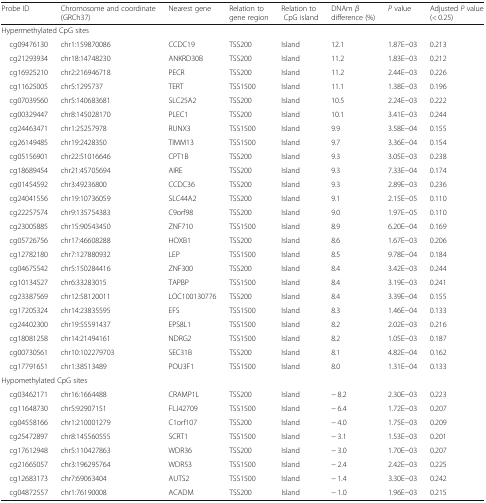
<table><thead><tr><td><b>Probe ID</b></td><td><b>Chromosome and coordinate (GRCh37)</b></td><td><b>Nearest gene</b></td><td><b>Relation to gene region</b></td><td><b>Relation to CpG island</b></td><td><b>DNAm <i>β</i> difference (%)</b></td><td><b><i>P</i> value</b></td><td><b>Adjusted <i>P</i> value (&lt; 0.25)</b></td></tr></thead><tbody><tr><td colspan="8">Hypermethylated CpG sites</td></tr><tr><td> cg09476130</td><td>chr1:159870086</td><td>CCDC19</td><td>TSS200</td><td>Island</td><td>12.1</td><td>1.87E−03</td><td>0.213</td></tr><tr><td> cg21293934</td><td>chr18:14748230</td><td>ANKRD30B</td><td>TSS200</td><td>Island</td><td>11.2</td><td>1.83E−03</td><td>0.212</td></tr><tr><td> cg16925210</td><td>chr2:216946718</td><td>PECR</td><td>TSS200</td><td>Island</td><td>11.2</td><td>2.44E−03</td><td>0.226</td></tr><tr><td> cg11625005</td><td>chr5:1295737</td><td>TERT</td><td>TSS1500</td><td>Island</td><td>11.1</td><td>1.38E−03</td><td>0.196</td></tr><tr><td> cg07039560</td><td>chr5:140683681</td><td>SLC25A2</td><td>TSS200</td><td>Island</td><td>10.5</td><td>2.24E−03</td><td>0.222</td></tr><tr><td> cg00329447</td><td>chr8:145028170</td><td>PLEC1</td><td>TSS200</td><td>Island</td><td>10.1</td><td>3.41E−03</td><td>0.244</td></tr><tr><td> cg24463471</td><td>chr1:25257978</td><td>RUNX3</td><td>TSS1500</td><td>Island</td><td>9.9</td><td>3.58E−04</td><td>0.155</td></tr><tr><td> cg26149485</td><td>chr19:2428350</td><td>TIMM13</td><td>TSS1500</td><td>Island</td><td>9.7</td><td>3.36E−04</td><td>0.154</td></tr><tr><td> cg05156901</td><td>chr22:51016646</td><td>CPT1B</td><td>TSS200</td><td>Island</td><td>9.3</td><td>3.05E−03</td><td>0.238</td></tr><tr><td> cg18689454</td><td>chr21:45705694</td><td>AIRE</td><td>TSS200</td><td>Island</td><td>9.3</td><td>7.33E−04</td><td>0.174</td></tr><tr><td> cg01454592</td><td>chr3:49236800</td><td>CCDC36</td><td>TSS200</td><td>Island</td><td>9.3</td><td>2.89E−03</td><td>0.236</td></tr><tr><td> cg24041556</td><td>chr19:10736059</td><td>SLC44A2</td><td>TSS200</td><td>Island</td><td>9.1</td><td>2.15E−05</td><td>0.110</td></tr><tr><td> cg22257574</td><td>chr9:135754383</td><td>C9orf98</td><td>TSS200</td><td>Island</td><td>9.0</td><td>1.97E−05</td><td>0.110</td></tr><tr><td> cg23005885</td><td>chr15:90543450</td><td>ZNF710</td><td>TSS1500</td><td>Island</td><td>8.9</td><td>6.20E−04</td><td>0.169</td></tr><tr><td> cg05726756</td><td>chr17:46608288</td><td>HOXB1</td><td>TSS200</td><td>Island</td><td>8.6</td><td>1.67E−03</td><td>0.206</td></tr><tr><td> cg12782180</td><td>chr7:127880932</td><td>LEP</td><td>TSS1500</td><td>Island</td><td>8.5</td><td>9.78E−04</td><td>0.184</td></tr><tr><td> cg04675542</td><td>chr5:150284416</td><td>ZNF300</td><td>TSS200</td><td>Island</td><td>8.4</td><td>3.42E−03</td><td>0.244</td></tr><tr><td> cg10134527</td><td>chr6:33283015</td><td>TAPBP</td><td>TSS1500</td><td>Island</td><td>8.4</td><td>3.19E−03</td><td>0.241</td></tr><tr><td> cg23387569</td><td>chr12:58120011</td><td>LOC100130776</td><td>TSS200</td><td>Island</td><td>8.4</td><td>3.39E−04</td><td>0.155</td></tr><tr><td> cg17205324</td><td>chr14:23835595</td><td>EFS</td><td>TSS1500</td><td>Island</td><td>8.3</td><td>1.46E−04</td><td>0.133</td></tr><tr><td> cg24402300</td><td>chr19:55591437</td><td>EPS8L1</td><td>TSS1500</td><td>Island</td><td>8.2</td><td>2.02E−03</td><td>0.216</td></tr><tr><td> cg18081258</td><td>chr14:21494161</td><td>NDRG2</td><td>TSS1500</td><td>Island</td><td>8.2</td><td>1.05E−03</td><td>0.187</td></tr><tr><td> cg00730561</td><td>chr10:102279703</td><td>SEC31B</td><td>TSS200</td><td>Island</td><td>8.1</td><td>4.82E−04</td><td>0.162</td></tr><tr><td> cg17791651</td><td>chr1:38513489</td><td>POU3F1</td><td>TSS1500</td><td>Island</td><td>8.0</td><td>1.31E−04</td><td>0.133</td></tr><tr><td colspan="8">Hypomethylated CpG sites</td></tr><tr><td> cg03462171</td><td>chr16:1664488</td><td>CRAMP1L</td><td>TSS200</td><td>Island</td><td>− 8.2</td><td>2.30E−03</td><td>0.223</td></tr><tr><td> cg11648730</td><td>chr5:92907151</td><td>FLJ42709</td><td>TSS1500</td><td>Island</td><td>− 6.4</td><td>1.72E−03</td><td>0.207</td></tr><tr><td> cg04558166</td><td>chr1:210001279</td><td>C1orf107</td><td>TSS200</td><td>Island</td><td>− 4.0</td><td>1.75E−03</td><td>0.209</td></tr><tr><td> cg25472897</td><td>chr8:145560555</td><td>SCRT1</td><td>TSS1500</td><td>Island</td><td>− 3.1</td><td>1.53E−03</td><td>0.201</td></tr><tr><td> cg17612948</td><td>chr5:110427863</td><td>WDR36</td><td>TSS200</td><td>Island</td><td>− 3.0</td><td>1.70E−03</td><td>0.207</td></tr><tr><td> cg21665057</td><td>chr3:196295764</td><td>WDR53</td><td>TSS1500</td><td>Island</td><td>− 2.4</td><td>2.42E−03</td><td>0.225</td></tr><tr><td> cg12683173</td><td>chr7:69063404</td><td>AUTS2</td><td>TSS1500</td><td>Island</td><td>− 1.4</td><td>3.30E−03</td><td>0.242</td></tr><tr><td> cg04872557</td><td>chr1:76190008</td><td>ACADM</td><td>TSS200</td><td>Island</td><td>− 1.0</td><td>1.96E−03</td><td>0.215</td></tr></tbody></table>